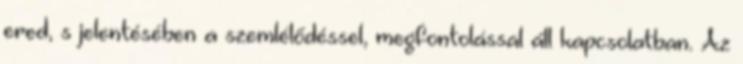
ered, s jelentésében a szemlélődéssel, megfontolással áll kapcsolatban. Az